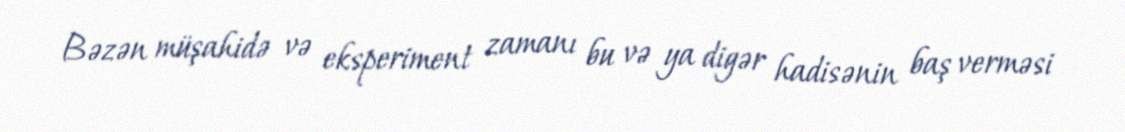
Bəzən müşahidə və eksperiment zamanı bu və ya digər hadisənin baş verməsi